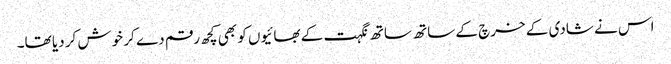
اس نے شادی کے خرچ کے ساتھ ساتھ نگہت کے بھائیوں کو بھی کچھ رقم دے کر خوش کر دیا تھا۔